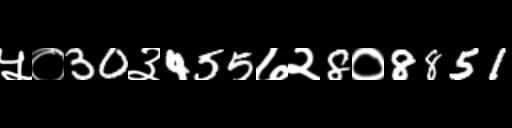
Text: ५०30३455७२8०8851